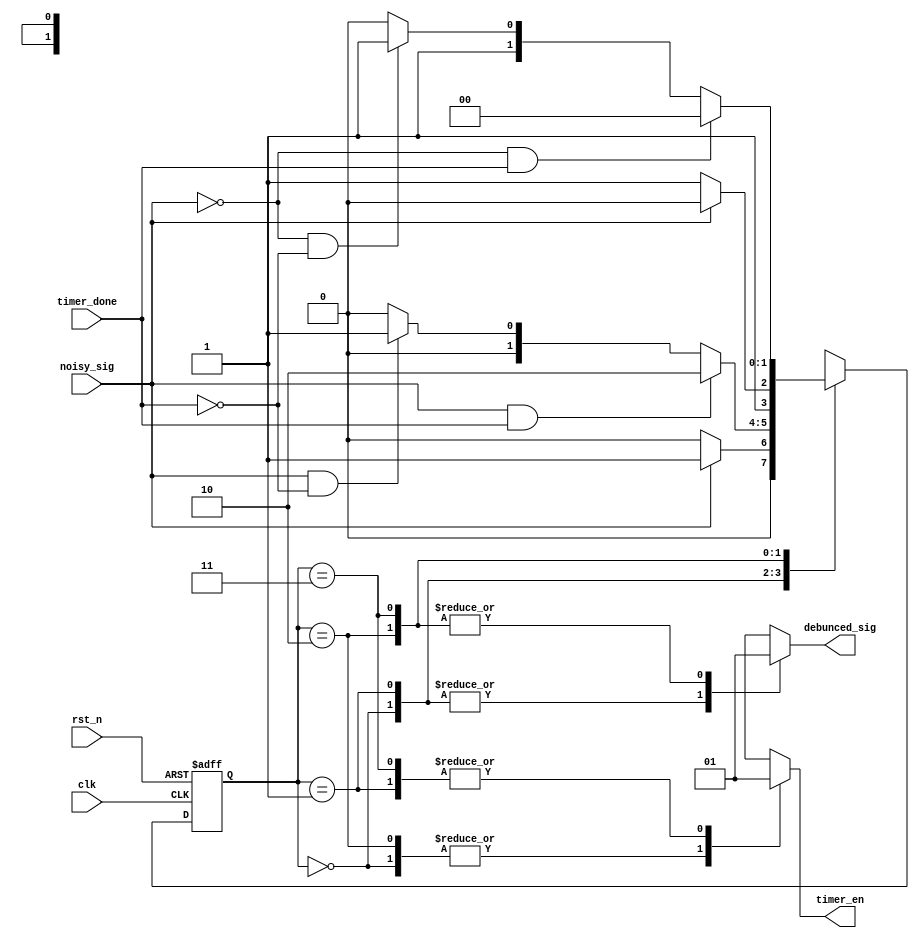
module FSM (
	input wire clk,
	input wire rst_n,
	input wire noisy_sig, 
	input wire timer_done,
	output reg debunced_sig, 
	output reg timer_en);
	
reg [1:0] current_state, next_state;


localparam [1:0] idle = 2'b0,		//low state
				 check_high = 2'b1,
				 high_state = 2'b10,
				 check_low = 2'b11;
				 

//current state transition
always @ (posedge clk or negedge rst_n) begin
	if(!rst_n) begin
		current_state <= idle;
	
	end else begin
		current_state <= next_state;
	end
end

//next state logic
always @ (*) begin
	case(current_state)
		idle: begin
				if(noisy_sig)
					next_state <= check_high;
				else
					next_state <= idle;
		end
		
		check_high: begin
				if(noisy_sig && timer_done)
					next_state <= high_state;
					
				else if (noisy_sig && !timer_done)
					next_state <= check_high;
					
				else
					next_state <= idle;
		end
		
		high_state: begin
				if(noisy_sig)
					next_state <= high_state;
				else
					next_state <= check_low;
		end
		
		check_low: begin
				if(!noisy_sig && timer_done)
					next_state <= idle;
					
				else if (!noisy_sig && !timer_done)
					next_state <= check_low;
					
				else
					next_state <= high_state;
		end
		
		default: next_state <= idle;
	endcase
end

//moore FSM outputs logic
always @ (*) begin
	case(current_state)
		idle: begin
				debunced_sig <= 0;
				timer_en <= 0;
		end
		
		check_high: begin
				debunced_sig <= 0;
				timer_en <= 1;
		end
		
		high_state: begin
				debunced_sig <= 1;
				timer_en <= 0;
		end
		
		check_low: begin
				debunced_sig <= 1;
				timer_en <= 1;
		end
		
		default: begin
				debunced_sig <= 0;
				timer_en <= 0;
		end
	endcase
end
endmodule